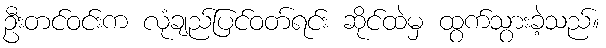
ဦးတင်ဝင်းက လုံချည်ပြင်ဝတ်ရင်း ဆိုင်ထဲမှ ထွက်သွားခဲ့သည်။